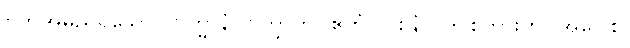
ဗကအမည်ရှိသော။ ဗြဟ္မာနံ၊ ဗြဟ္မာကို။ ဧတံ (ဝစနံ)၊ ဤစကားကို။ အဝေါစ၊